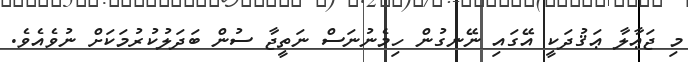
މި ޖަޢާލާ ޢަޤުދަކީ އޭގައި ނޭނގުން ހިމެނުނަސް ނަތީޖާ ސުން ބަދަލުކުރުމަކަށް ނުވެއެވެ.